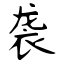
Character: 袭